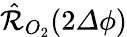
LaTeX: \hat{\mathcal{R}}_{O_{2}}(2{\mathit\Delta\phi})